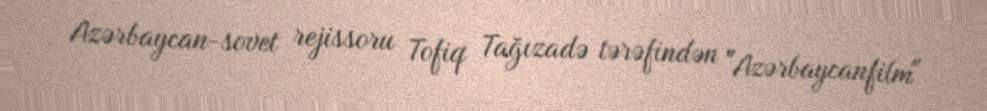
Azərbaycan-sovet rejissoru Tofiq Tağızadə tərəfindən "Azərbaycanfilm"